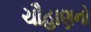
ચૌહાણનો